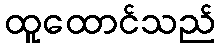
ထူထောင်သည်